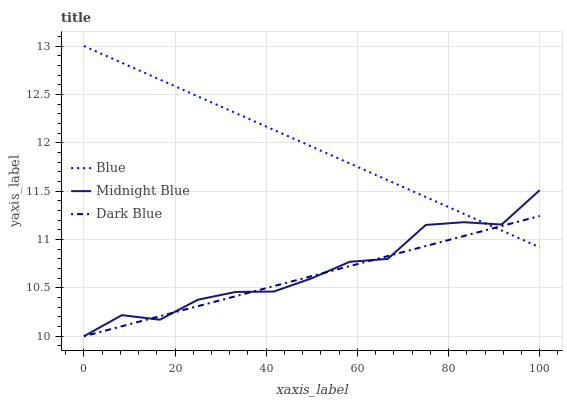
| xaxis_label | Blue | Midnight Blue | Dark Blue |
 | --- | --- | --- | --- |
 | 0 | 13 | 10 | 10 |
 | 8.33 | 12.8 | 10.2 | 10.1 |
 | 16.7 | 12.7 | 10.2 | 10.2 |
 | 25 | 12.5 | 10.4 | 10.3 |
 | 33.3 | 12.3 | 10.5 | 10.4 |
 | 41.7 | 12.1 | 10.5 | 10.5 |
 | 50 | 12 | 10.6 | 10.6 |
 | 58.3 | 11.8 | 10.8 | 10.7 |
 | 66.7 | 11.6 | 10.8 | 10.8 |
 | 75 | 11.4 | 11.2 | 10.9 |
 | 83.3 | 11.3 | 11.2 | 11 |
 | 91.7 | 11.1 | 11.2 | 11.1 |
 | 100 | 10.9 | 11.5 | 11.2 |